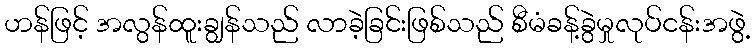
ဟန်ဖြင့် အလွန်ထူးချွန်သည် လာခဲ့ခြင်းဖြစ်သည် စီမံခန့်ခွဲမှုလုပ်ငန်းအဖွဲ့